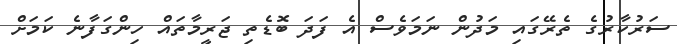
ސަރުކާރުގެ ތެރޭގައި މަދުން ނަމަވެސް އެ ފަދަ ބޮޑެތި ޖަރީމާތައް ހިންގަފާނެ ކަމަށް